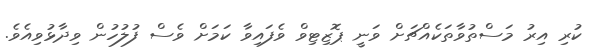
ކުރި އިރު މަސްތުވާތަކެއްޗަށް ވަނީ ޕޮޒިޓިވް ވެފައިވާ ކަމަށް ވެސް ފުލުހުން ވިދާޅުވިއެވެ.